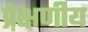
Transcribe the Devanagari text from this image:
प्रे़क्षणीय